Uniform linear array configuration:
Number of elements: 8
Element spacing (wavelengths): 0.25
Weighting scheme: cosine
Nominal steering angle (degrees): -45
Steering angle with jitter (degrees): -46.142
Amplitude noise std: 0.05
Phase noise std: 0.05

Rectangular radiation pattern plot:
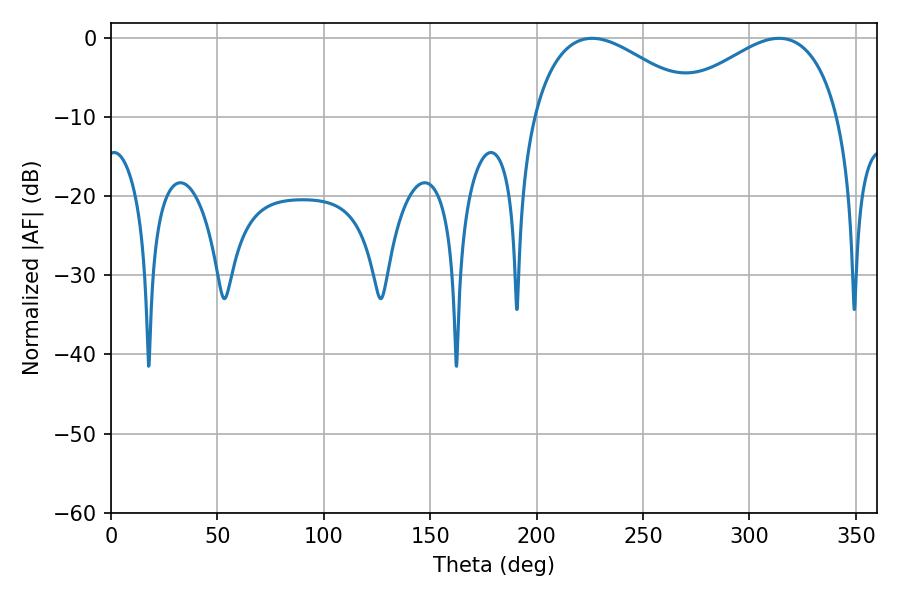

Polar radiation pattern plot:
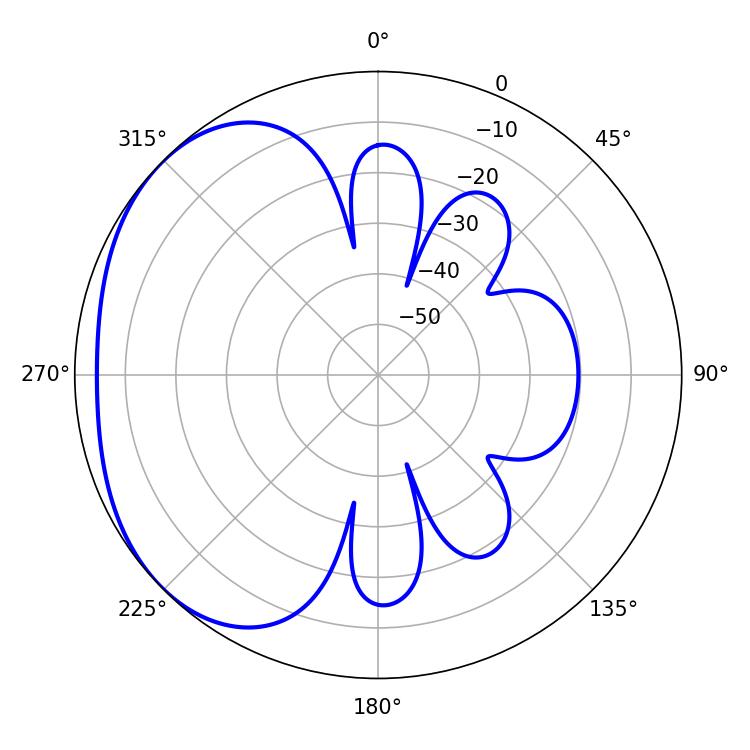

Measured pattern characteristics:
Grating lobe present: FALSE
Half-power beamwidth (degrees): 43.74
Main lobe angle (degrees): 226.08